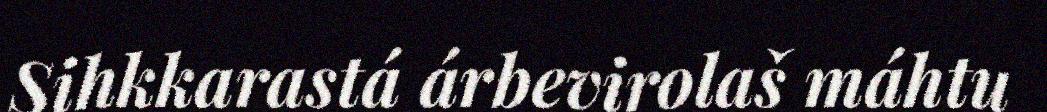
Sihkkarastá árbevirolaš máhtu